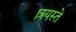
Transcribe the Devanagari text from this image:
।त्रयस्ते